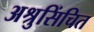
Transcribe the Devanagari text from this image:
अश्रुसिंचित